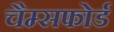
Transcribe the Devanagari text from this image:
चैम्सफोर्ड